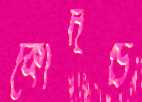
কোদণ্ড